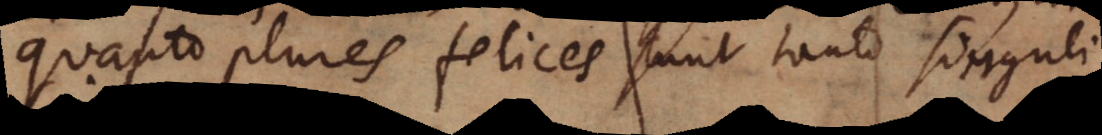
quanto plures felices erunt, tanto singulos